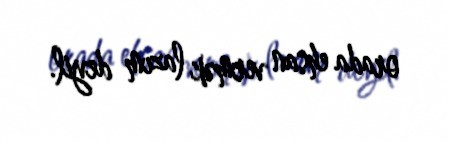
orada ehsan vermək lazım deyil.